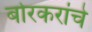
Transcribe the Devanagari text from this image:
बोरकरांचे